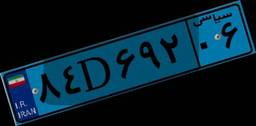
۸۴D۶۹۲۰۶